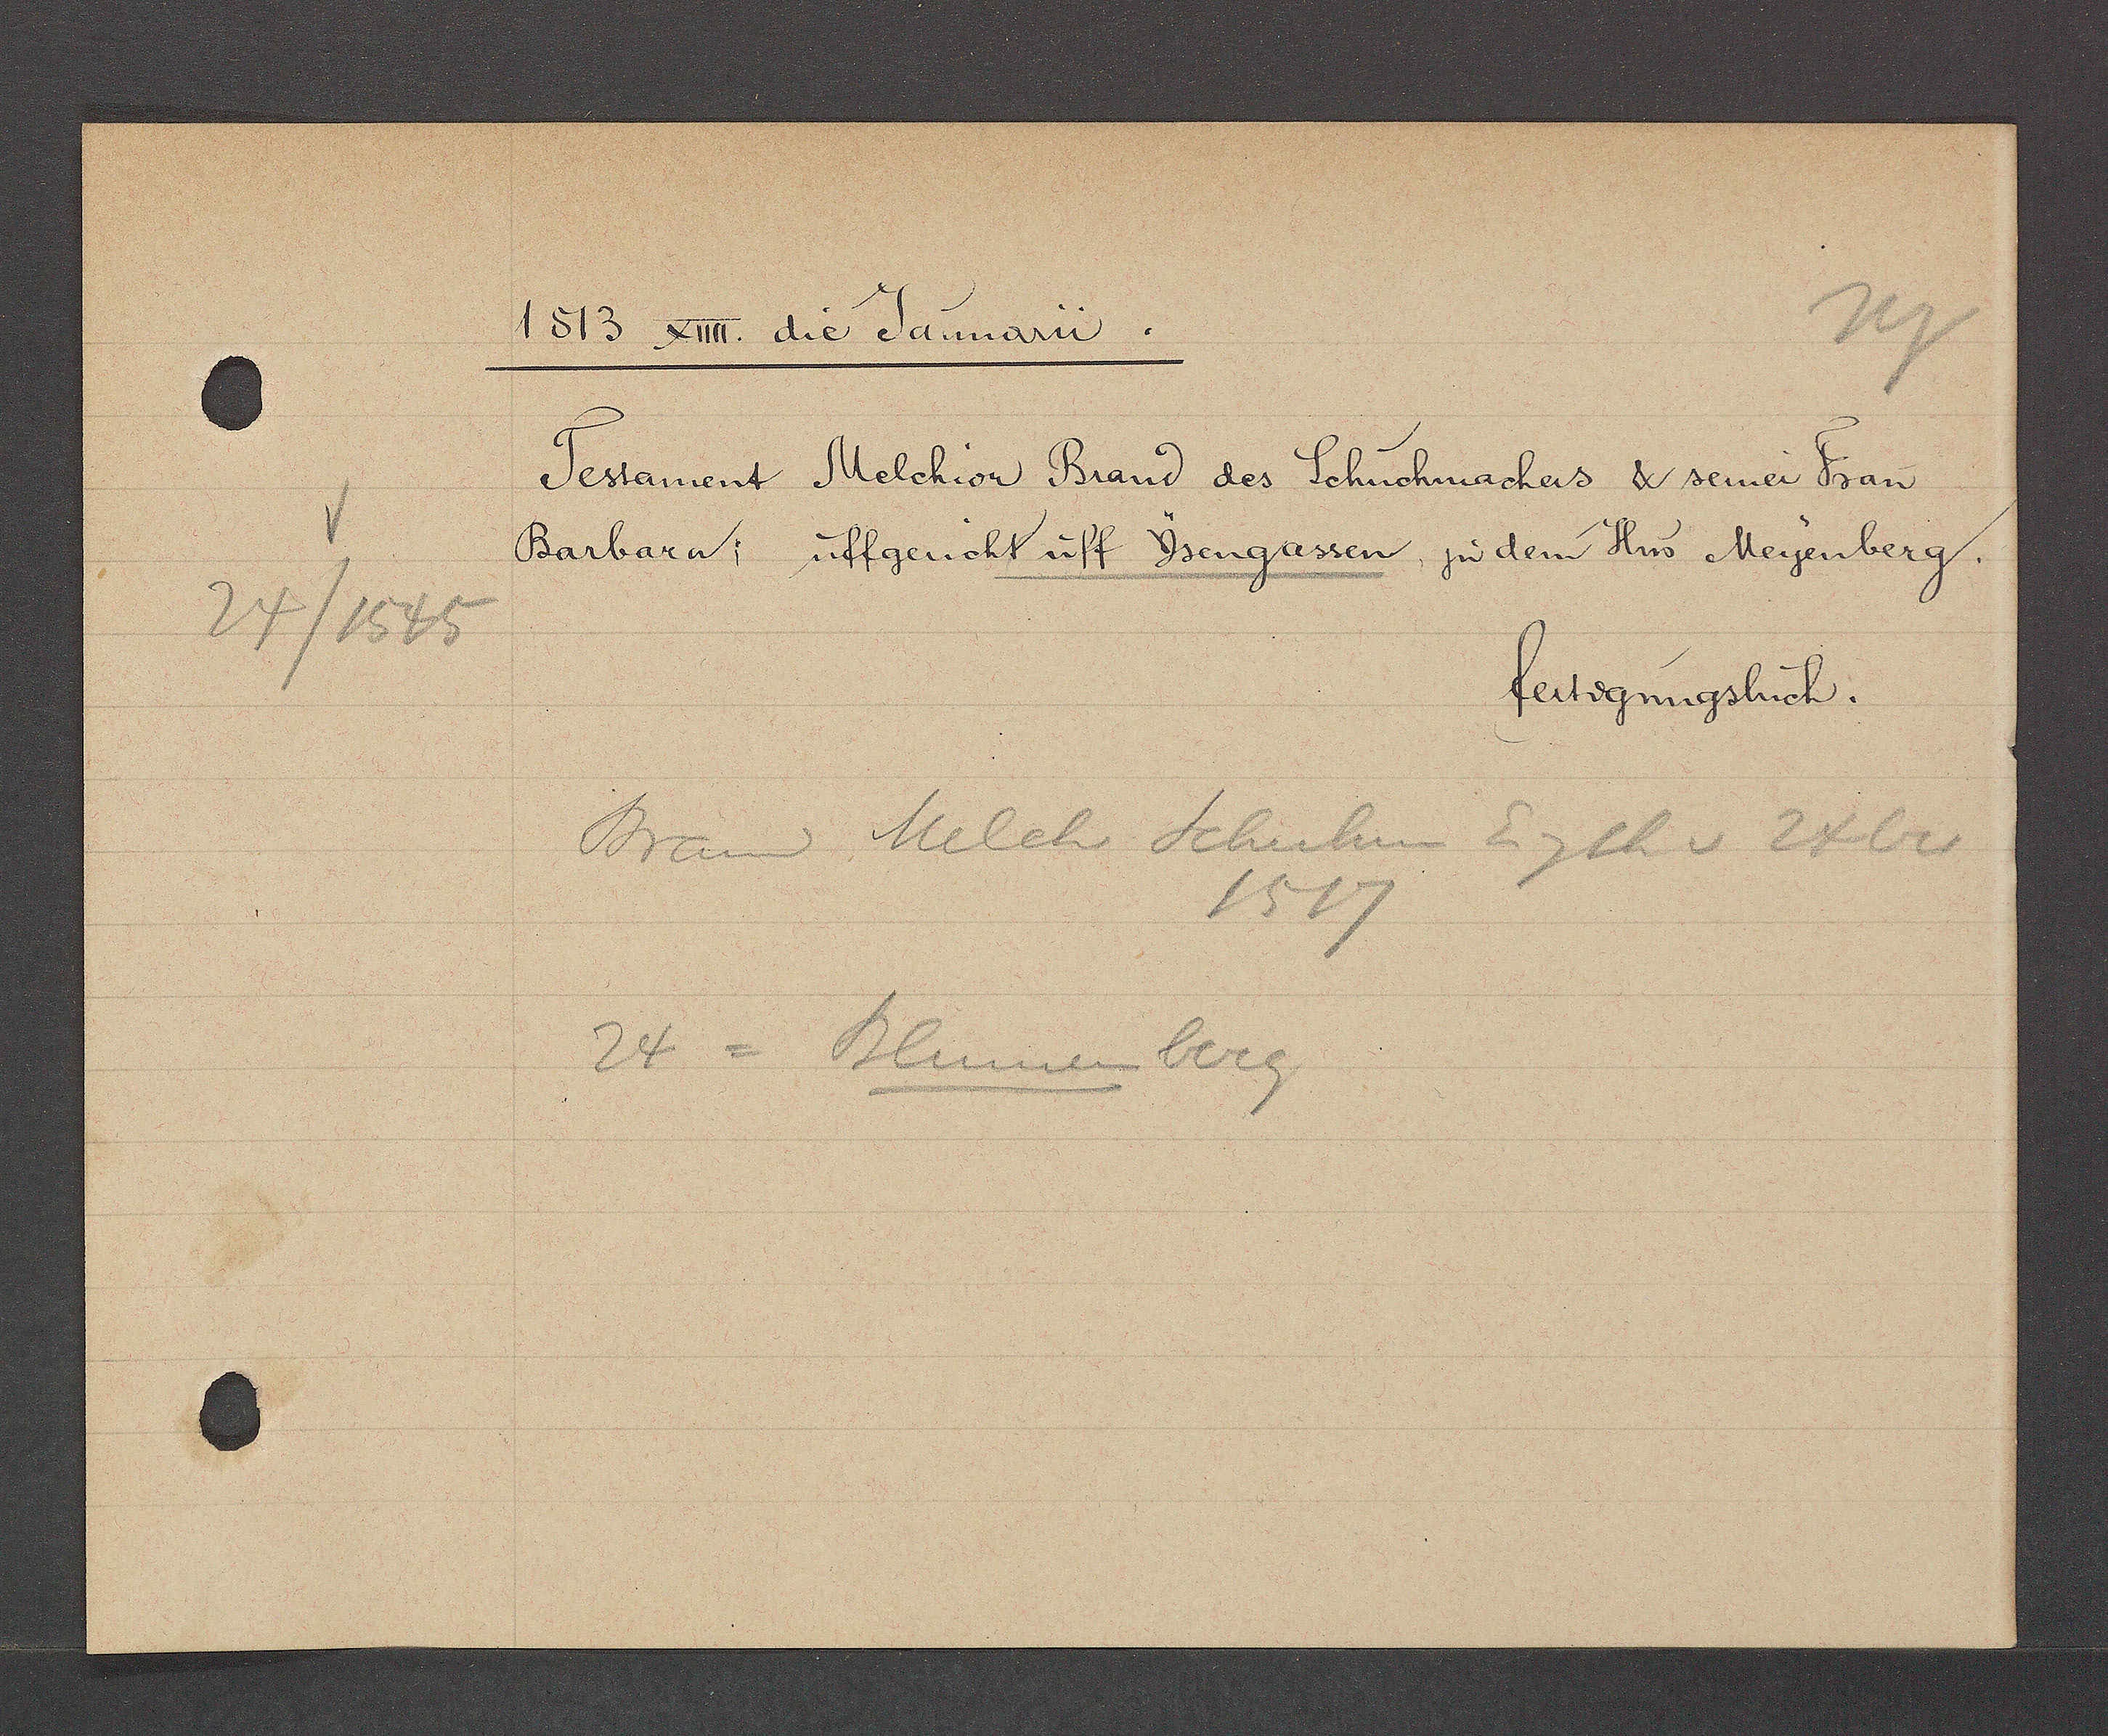
Transcript:
24/1545

1513 XIIII die Jannarii.
Tessament Melchior Brand des Schuchmachers & seiner Frau
Barbara; uffgericht uff Ysengassen, in dem Hus Meyenberg.
fertigungsbuch.
Brand Melch Schuhm Eigth v 24 bis
1517
24= Blumenberg.